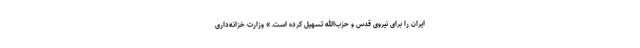
ایران را برای نیروی قدس و حزب‌الله تسهیل کرده است.» وزارت خزانه‌داری